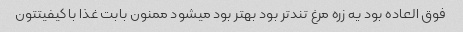
فوق العاده بود یه زره مرغ تندتر بود بهتر بود میشود ممنون بابت غذا با کیفیتتون